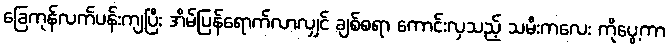
ခြေကုန်လက်ပန်းကျပြီး အိမ်ပြန်ရောက်လာလျှင် ချစ်စရာ ကောင်းလှသည့် သမီးကလေး ကိုပွေ့ကာ